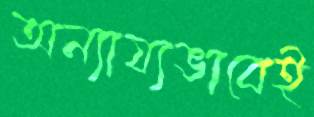
অন্যায্যভাবেই